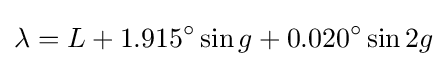
\lambda =L+1.915^{\circ }\sin g+0.020^{\circ }\sin 2g